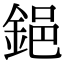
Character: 𨦺